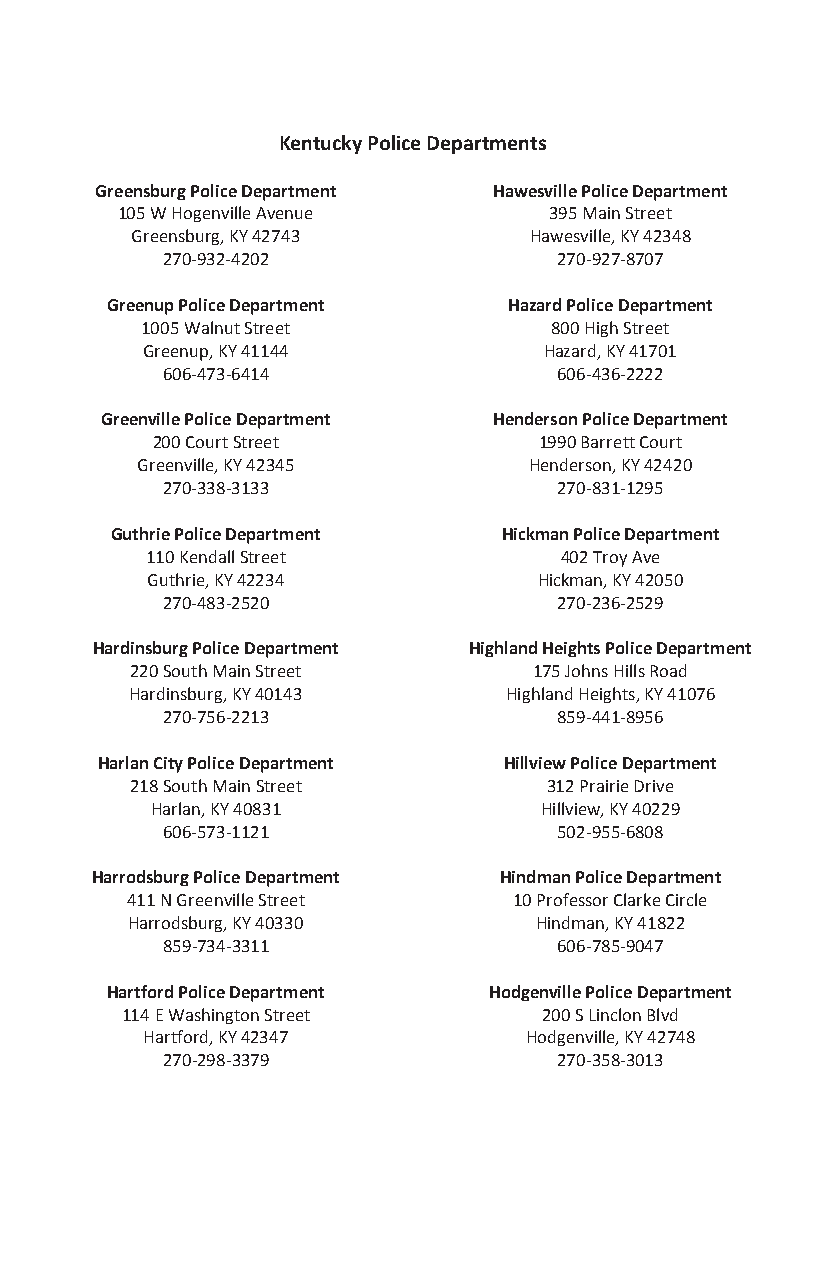
Kentucky Police Departments
 Greensburg Police Department Hawesville Police Department
 105 W Hogenville Avenue     395 Main Street
 Greensburg, KY 42743      Hawesville, KY 42348
 270-932-4202              270-927-8707
 Greenup Police Department  Hazard Police Department
 1005 Walnut Street         800 High Street
 Greenup, KY 41144          Hazard, KY 41701
 606-473-6414              606-436-2222
 Greenville Police Department Henderson Police Department
 200 Court Street          1990 Barrett Court
 Greenville, KY 42345      Henderson, KY 42420
 270-338-3133              270-831-1295
 Guthrie Police Department Hickman Police Department
 110 Kendall Street         402 Troy Ave
 Guthrie, KY 42234         Hickman, KY 42050
 270-483-2520              270-236-2529
 Hardinsburg Police Department Highland Heights Police Department
 220 South Main Street     175 Johns Hills Road
 Hardinsburg, KY 40143   Highland Heights, KY 41076
 270-756-2213              859-441-8956
 Harlan City Police Department Hillview Police Department
 218 South Main Street      312 Prairie Drive
 Harlan, KY 40831          Hillview, KY 40229
 606-573-1121              502-955-6808
 Harrodsburg Police Department Hindman Police Department
 411 N Greenville Street   10 Professor Clarke Circle
 Harrodsburg, KY 40330      Hindman, KY 41822
 859-734-3311              606-785-9047
 Hartford Police Department Hodgenville Police Department
 114 E Washington Street     200 S Linclon Blvd
 Hartford, KY 42347        Hodgenville, KY 42748
 270-298-3379              270-358-3013